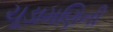
ચૂડામણિની